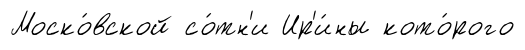
Моско́вской со́тн'и Ир'и́ны кото́рого